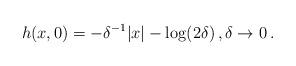
LaTeX: \begin{align*}h(x,0) = - \delta^{-1}|x| -\log(2\delta)\,,\delta \to 0\,. \end{align*}